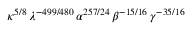
\kappa ^ { 5 / 8 } \, \lambda ^ { - 4 9 9 / 4 8 0 } \, \alpha ^ { 2 5 7 / 2 4 } \, \beta ^ { - 1 5 / 1 6 } \, \gamma ^ { - 3 5 / 1 6 }